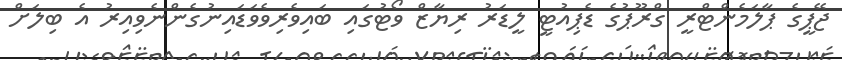
ޖޭޕީގެ ޕާލަމެންޓްރީ ގްރޫޕުގެ ޑެޕިއުޓީ ލީޑަރު ރިޔާޒް ވޯޓުގައި ބައިވެރިވެވަޑައިނުގެންނެވިއިރު އެ ބިލަށް